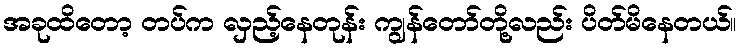
အခုထိတော့ တပ်က လှည့်နေတုန်း ကျွန်တော်တို့လည်း ပိတ်မိနေတယ်။